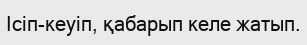
Ісіп-кеуіп, қабарып келе жатып.